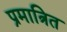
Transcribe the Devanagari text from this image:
प्रमात्रित